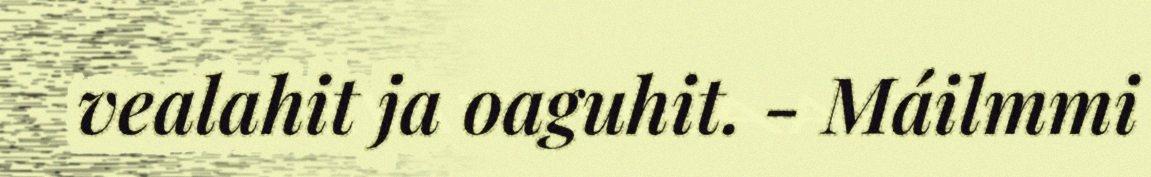
vealahit ja oaguhit. - Máilmmi